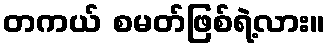
တကယ် စမတ်ဖြစ်ရဲ့လား။